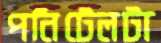
পনিটেলটা